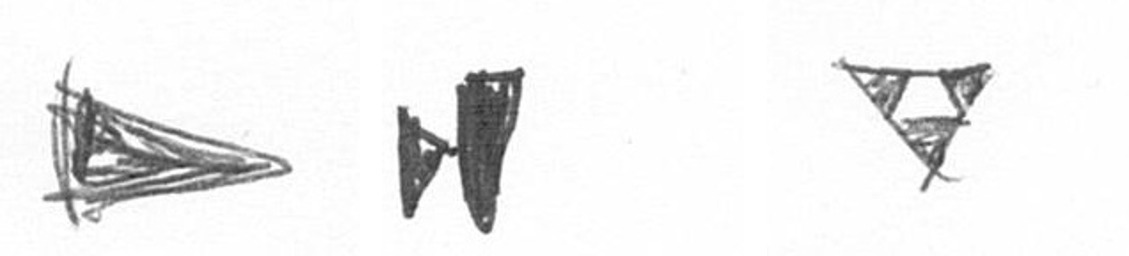
T M S